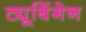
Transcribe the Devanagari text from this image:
ट्यूबिंगेन